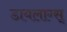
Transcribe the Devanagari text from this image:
डायलाग्स्